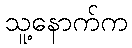
သူ့နောက်က